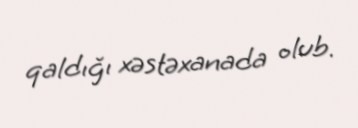
qaldığı xəstəxanada olub.